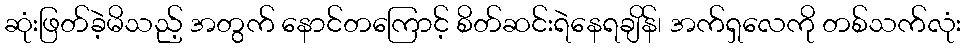
ဆုံးဖြတ်ခဲ့မိသည့် အတွက် နောင်တကြောင့် စိတ်ဆင်းရဲနေရချိန်၊ အက်ရှလေကို တစ်သက်လုံး